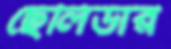
ছেলিডার